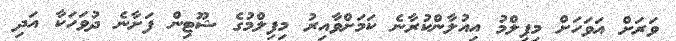
ވަރަށް އަވަހަށް މިފިލްމު އިއުލާންކުރާނެ ކަމަށްވާއިރު މިފިލްމުގެ ޝޫޓިން ފަށާނެ ދުވަހަކާ އަދި